Indian journal of veterinary science and animal husbandry - Volumes 15-17, 1948-1951
Year: 1948
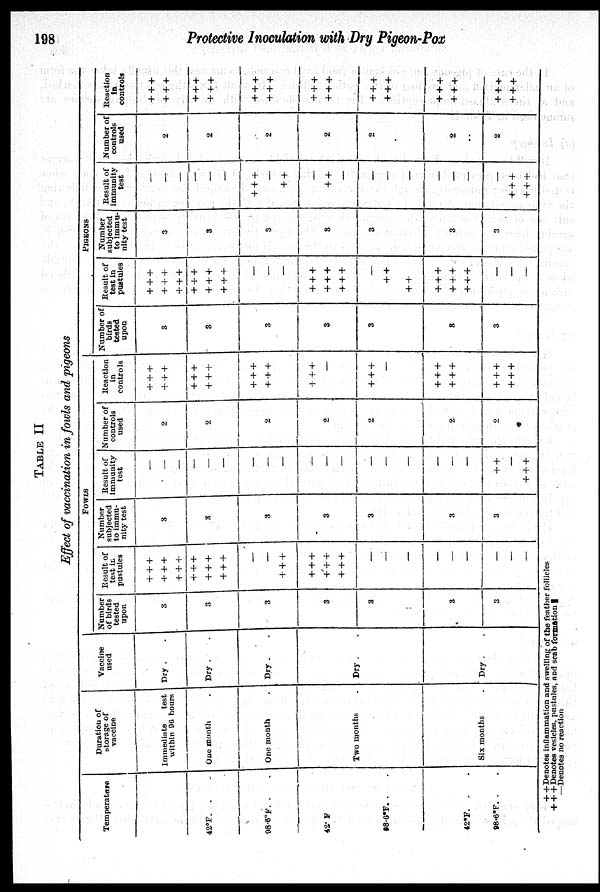
198
Protective Inoculation with Dry Pigeon-Pox
TABLE II
Effect of vaccination in fowls and pigeons
Temperature
42ºF. . .
98.6ºF. . .
42. F
08.6ºF. . .
42ºF. . .
98º6ºF. . .
Duration of
storage of
vaccine
Immediate
test
within 96 hours
One month .
One month .
Two month .
Six months .
Vaccine
used
Dry . .
Dry . .
Dry . .
Dry . .
Dry . .
FOWLS
Number
of birds
tested
upon
3
3
3
3
3
3
3
Result of
test in
pustules
+ + +
+ + +
+ + +
+ + +
+ + +
+ + +
—
—
+ + +
+ + +
+ + +
+ + +
—
—
—
—
—
—
—
—
—
Number
subjected
to immu-
nity test
3
3
3
3
3
3
3
Result of
immunity
test
—
—
—
—
—
—
—
—
—
—
—
—
—
—
—
—
—
—
+ +
—
+ + +
Number of
controls
used
2
2
2
2
2
2
2
Reaction
in
controls
+ + +
+ + +
+ + +
+ + +
+ + +
+ + +
+ + +
—
+ + +
—
+ + +
+ + +
+ + +
+ + +
PIGEONS
Number of
birds
tested
upon
3
3
3
3
3
8
3
Result of
test in
pustules
+ + +
+ + +
+ + +
+ + +
+ + +
+ + +
—
—
—
+ + +
+ + +
+ + +
—
+ +
+ +
+ + +
+ + +
+ + +
—
—
—
Number
subjected
to immu-
nity test
3
3
3
3
3
3
3
Result of
immunity
test
—
—
—
—
—
—
+ + +
—
+ +
—
+ +
—
—
—
—
—
—
—
—
+ + +
+ + +
Number of
controls
used
2
2
2
2
2
2
..
2
Reaction
In
controls
+ + +
+ + +
+ + +
+ + +
+ + +
+ + +
+ + +
+ + +
+ + +
+ + +
+ + +
+ + +
+ + +
+ + +
+ +Denotes inflammation and swelling of the feather follicles
+ + + Denotes vesicles, pustules, and scab formation
—Denotes no reaction